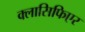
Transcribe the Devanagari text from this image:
क्लासिफिएर